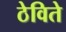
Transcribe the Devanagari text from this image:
ठेविते